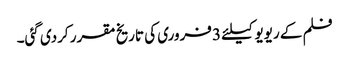
فلم کے ریویو کیلئے 3 فروری کی تاریخ مقرر کردی گئی۔